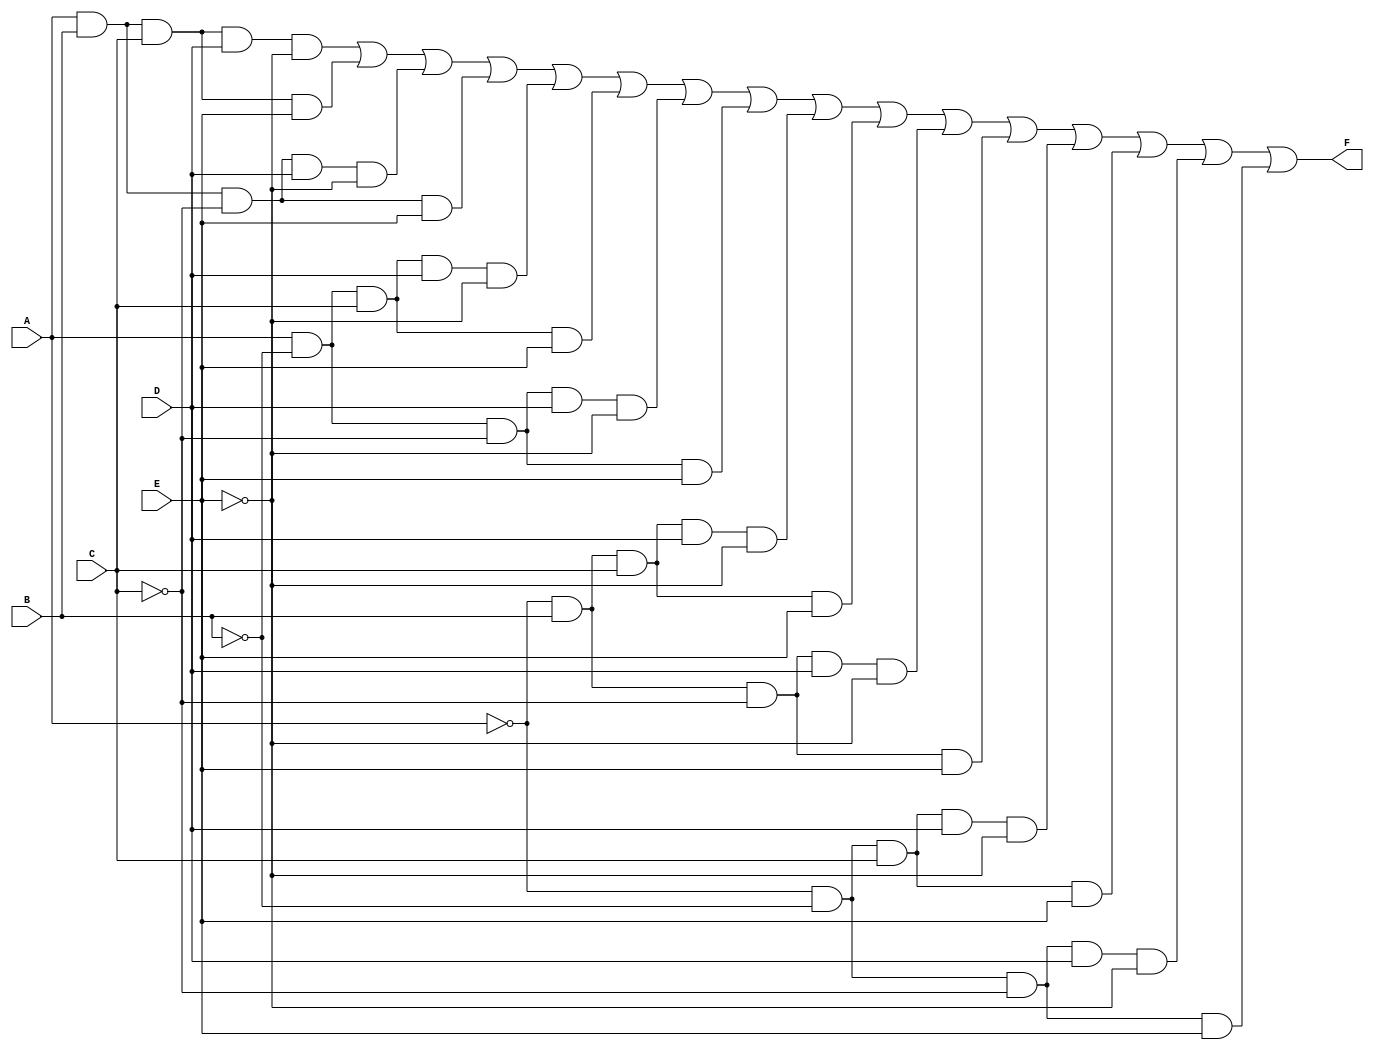
module five_variable_kmap (
    input wire A,  // Input variable A
    input wire B,  // Input variable B
    input wire C,  // Input variable C
    input wire D,  // Input variable D
    input wire E,  // Input variable E
    output wire F  // Output function F
);

// Define the K-map output based on the minterms
assign F = 
    (A & B & C & D & ~E) |  // minterm 0
    (A & B & C & E) |      // minterm 1
    (A & B & ~C & D & ~E) | // minterm 2
    (A & B & ~C & E) |     // minterm 3
    (A & ~B & C & D & ~E) | // minterm 4
    (A & ~B & C & E) |     // minterm 5
    (A & ~B & ~C & D & ~E) | // minterm 6
    (A & ~B & ~C & E) |    // minterm 7
    (~A & B & C & D & ~E) | // minterm 8
    (~A & B & C & E) |     // minterm 9
    (~A & B & ~C & D & ~E) | // minterm 10
    (~A & B & ~C & E) |    // minterm 11
    (~A & ~B & C & D & ~E) | // minterm 12
    (~A & ~B & C & E) |    // minterm 13
    (~A & ~B & ~C & D & ~E) | // minterm 14
    (~A & ~B & ~C & E);    // minterm 15

endmodule